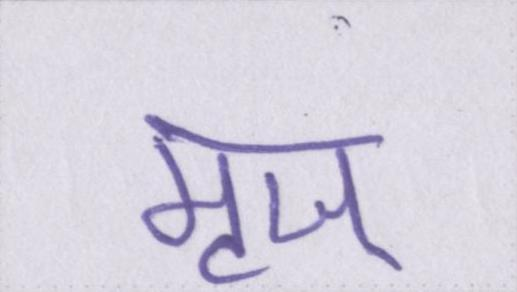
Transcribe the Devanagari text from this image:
मृज्